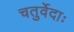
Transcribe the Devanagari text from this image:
चतुर्वेदाः